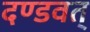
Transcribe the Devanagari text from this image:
दण्डवत्‌